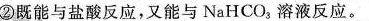
②既能与盐酸反应，又能与NaHCO_{3}溶液反应。